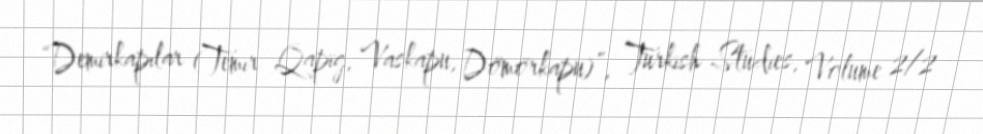
“Demirkapılar (Temır Qapïg, Vaskapu, Dömörkapu)”, Turkish Studies, Volume 2/2